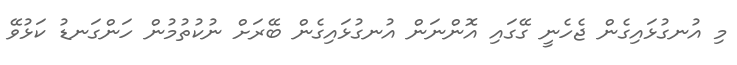
މި އުނގުޅައިގެން ޖެހެނީ ގޭގައި އޮންނަން އުނގުޅައިގެން ބޭރަށް ނުކުތުމުން ހަންގަނޑު ކަޅުވޭ